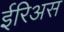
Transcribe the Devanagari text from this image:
ईरिअस